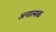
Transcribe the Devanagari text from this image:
अनात्मक